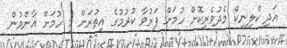
އަދި ކްލިނިކް މެދުވެރިކޮށް ހުމަށް ފަރުވާ ކުރުމުގެ އިތުރަށް މި ހުމަށް އާންމުން